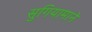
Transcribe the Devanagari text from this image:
सुगियामाने